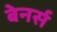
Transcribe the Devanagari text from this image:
बेनर्स